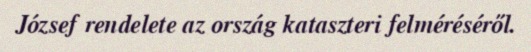
József rendelete az ország kataszteri felméréséről.